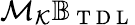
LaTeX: \mathcal{M}_{\mathcal{K}}\mathbb{B}_{\mathrm{~T~D~L~}}